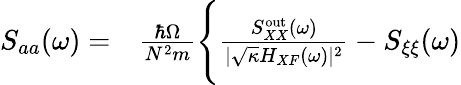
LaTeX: \begin{array}{rl}{S_{aa}(\omega)=}&{{}\frac{\hbar\Omega}{N^{2}m}\Bigg\{ \frac{S_{XX}^{\mathrm{out}}(\omega)}{|\sqrt{\kappa}H_{XF}(\omega)|^{2}}-S_{\xi\xi}(\omega)}\end{array}